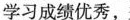
学习成绩优秀，